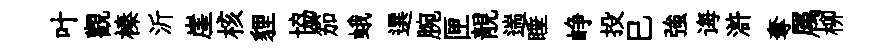
叶觀榛沂崖核貍協笳蛾選腕匣靚遄睡峥投巳強诲滸奪属柳